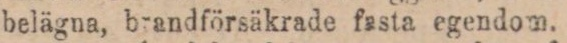
belägna, brandförsäkrade fasta egendom.